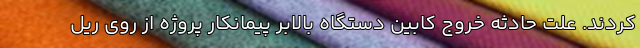
کردند. علت حادثه خروج کابین دستگاه بالابر پیمانکار پروژه از روی ریل